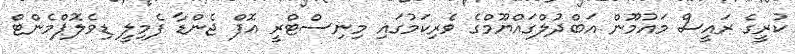
ކުރީގެ ރައީސް މައުމޫން އަބްދުލްގައްޔޫމްގެ ވެރިކަމުގައި މިނިސްޓްރީ އޮފް ޖެންޑާ ފެމިލީ ޑިވެލޮޕްމެންޓް